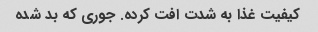
کیفیت غذا به شدت افت کرده. جوری که بد شده